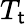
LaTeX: T_{\mathsf{t}}